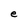
Character: e